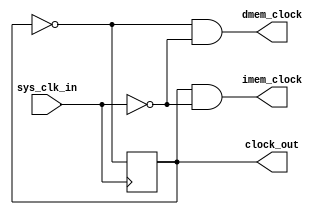
module clock_and_mem_clock(
	sys_clk_in,
	clock_out,imem_clock,dmem_clock
);

	input sys_clk_in;
	output reg clock_out; 
	output imem_clock,dmem_clock;
	

	 assign imem_clock = clock_out & ~sys_clk_in;
	 assign dmem_clock = ~clock_out & ~sys_clk_in;
	 
	initial
	begin
		clock_out <= 0;
	end
	
	always @ (posedge sys_clk_in)
	begin
		clock_out <= ~clock_out;
	end
	
endmodule